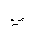
Letter: _ya